Annual report on the lock hospitals of the Madras Presidency
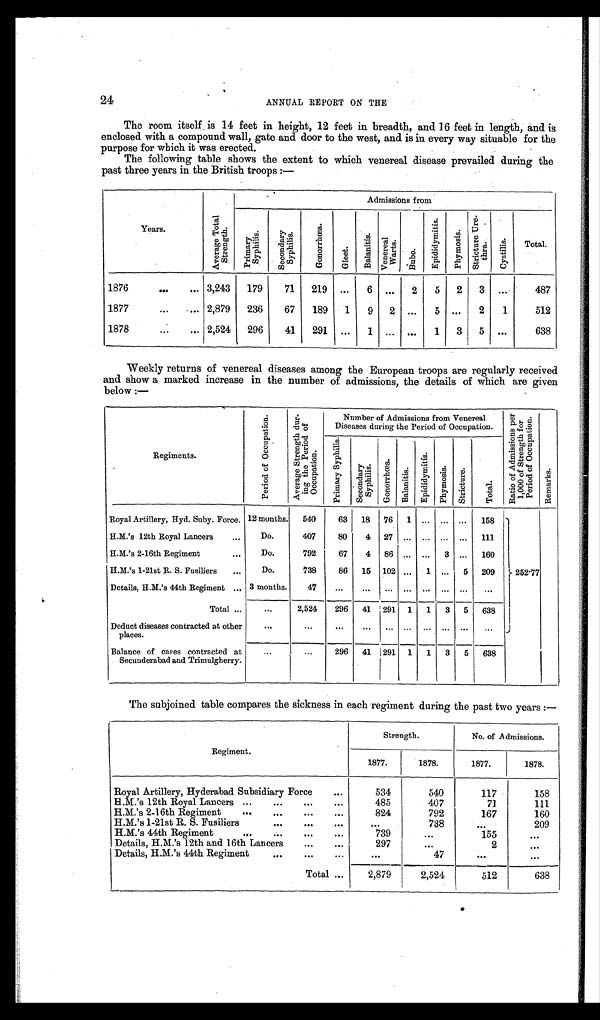
24
ANNUAL REPORT ON THE
The room itself, is 14 feet in height, 12 feet in breadth, and 16 feet in length, and is
enclosed with a compound wall, gate and door to the west, and is in every way situable for the
purpose for which it was erected.
The following table shows the extent to which venereal disease prevailed during the
past three years in the British troops:—
Years.
A v e r a g e T o t a l S t r e n g t h .
Admissions from
P r i m a r y S y p h i l i s . S e c o n d a r y S y p h i l i s .
G o n o r r h œ a .
Gl e e t .
B a l a n i t i s . Ve ne r e a l Wa r t s .
B u b o .
E p i d i d y m i t i s .
P h y m o s i s .
S t r i c t u r e U r e t h r a .
Cys t i l i s .
Total.
1876
...
... 3,243
179
71
219 ...
6 ...
2
5 2
3 ...
487
1877
...
... 2,879 236
67
189
1
9 2 ...
5 ...
2
1
512
1878
...
... 2,524
296
41
291 ...
1 ... ...
1
3
5 ...
638
Weekly returns of venereal diseases among the European troops are regularly received
and show a marked increase in the number of admissions, the details of which are given
below:—
Regiments.
P e r i o d o f o c c u p a t i o n . A v e r a g e S t r e n g t h d u r i n g t h e P e r i o d o f O c c u p a t i o n .
Number of Admissions from Venereal
Diseases during the Period of Occupation.
R a t i o o f A d m i s s i o n s p e r 1 , 0 0 0 o f S t r e n g t h f o r P e r i o d o f O c c u p a t i o n .
R e m a r k s .
P r i m a r y S y p h i l i s .
S e c o n d a r y S y p h i l i s .
G o n o r r h œ a .
Ba l a n i t i s .
E p i d i d y m i t i s .
P h y mo s i s . S t r i c t u r e .
T o t a l .
Royal Artillery, Hyd. Suby. Force. 12 months. 540
63 18 76 1 ... ...
. . . 158
252·77
H.M.'s 12th Royal Lancers
...
Do.
407
80
4 27 ... ... ... ... 111
H.M.'s 2-16th Regiment
...
Do.
792
67
4 86 ... ... 3 ... 160
H.M.'s 1-21st R. S. Fusiliers
...
Do.
738
86 15 102
. . . 1 ... 5 209
Details, H. M.'s 44th Regiment ... 3 months.
47
...
...
. . .
. . .
. . . . . .
. . .
. . .
Total ...
...
2,524
296 41 291 1 1 3 5 638
Deduct diseases contracted at other
places.
...
...
...
. . .
. . . ... . . .
. . . ... ...
Balance of cases contracted at
Secunderabad and Trimulgherry.
...
...
296 41 291 1 1 3 5 638
The subjoined table compares the sickness in each regiment during the past two years:—
Regiment.
Strength.
No. of Admissions.
1877.
1878.
1877.
1878.
Royal Artillery, Hyderabad Subsidiary Force
...
534
540
117
158
H.M.'s 12th Royal Lancers ...
...
...
...
485
407
71
111
H.M.'s 2-16th Regiment
...
...
...
...
824
792
167
160
H.M.'s 1-21st R. S. Fusiliers
...
...
...
. . .
738
. . .
209
H.M.'s 44th Regiment
...
. -.
...
...
739
. . .
155
. . .
Details, H.M.'s 12th and 16th Lancers
,..
...
297
. . .
2
. . .
Details, H.M.'s 44th Regiment
...
...
...
. . .
47
. . .
. . .
Total ...
2,879
2,524
512
638